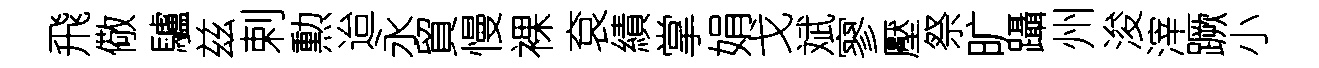
飛儆驢兹剌勲迨永貿慢裸袞績掌娟戈斌寥壓祭旷躡州浚滓蹶小